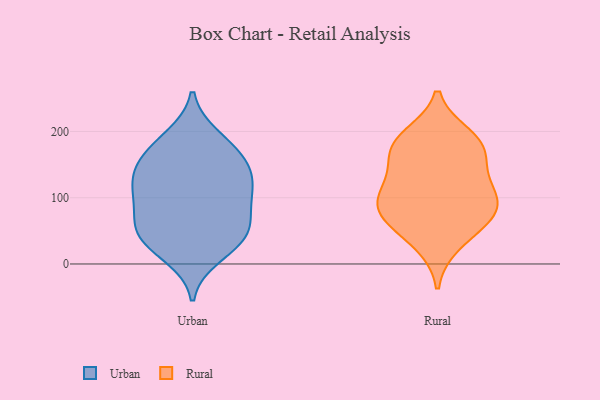
{"axis": {"x": "Waste Production (Tons)", "y": "Value"}, "legend": ["Rural", "Urban"], "data": [{"x": "", "y": 115, "type": "Urban"}, {"x": "", "y": 160, "type": "Urban"}, {"x": "", "y": 39, "type": "Urban"}, {"x": "", "y": 181, "type": "Urban"}, {"x": "", "y": 87, "type": "Urban"}, {"x": "", "y": 35, "type": "Urban"}, {"x": "", "y": 97, "type": "Urban"}, {"x": "", "y": 191, "type": "Urban"}, {"x": "", "y": 149, "type": "Urban"}, {"x": "", "y": 43, "type": "Urban"}, {"x": "", "y": 54, "type": "Urban"}, {"x": "", "y": 122, "type": "Urban"}, {"x": "", "y": 63, "type": "Urban"}, {"x": "", "y": 13, "type": "Urban"}, {"x": "", "y": 119, "type": "Urban"}, {"x": "", "y": 150, "type": "Urban"}, {"x": "", "y": 176, "type": "Rural"}, {"x": "", "y": 64, "type": "Rural"}, {"x": "", "y": 172, "type": "Rural"}, {"x": "", "y": 31, "type": "Rural"}, {"x": "", "y": 91, "type": "Rural"}, {"x": "", "y": 87, "type": "Rural"}, {"x": "", "y": 68, "type": "Rural"}, {"x": "", "y": 123, "type": "Rural"}, {"x": "", "y": 127, "type": "Rural"}, {"x": "", "y": 178, "type": "Rural"}, {"x": "", "y": 192, "type": "Rural"}, {"x": "", "y": 93, "type": "Rural"}]}